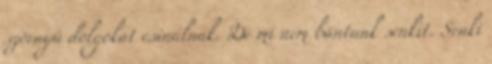
szörnyű dolgokat csinálnak. De mi nem bántunk senkit. Senki